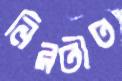
নিরতীত